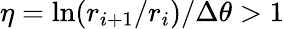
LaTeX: \eta=\ln(r_{i+1}/r_{i})/\Delta\theta>1